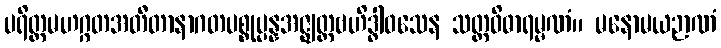
ပရိတ္တမဟဂ္ဂတအတီတာနာဂတပစ္စုပ္ပန္နအဇ္ဈတ္တဗဟိဒ္ဓါဝသေန သတ္တဝိဓာရမ္မဏံ။ မနောမယဉာဏံ